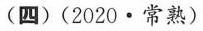
(四)(2020·常熟)